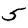
Digit: 5